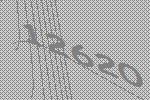
12620